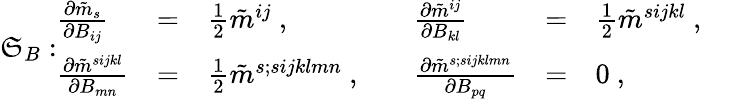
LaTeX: \mathfrak{S}_{B}:\begin{array}{llllll}{{\frac{\partial\tilde{m}_{s}}{\partial B_{ij}}}}&{{=}}&{{\frac{1}{2}\tilde{m}^{ij}\ ,\quad}}&{{\frac{\partial\tilde{m}^{ij}}{\partial B_{kl}}}}&{{=}}&{{\frac{1}{2}\tilde{m}^{sijkl}\ ,\quad}}\\ {{\frac{\partial\tilde{m}^{sijkl}}{\partial B_{mn}}}}&{{=}}&{{\frac{1}{2}\tilde{m}^{s;sijklmn}\ ,\quad}}&{{\frac{\partial\tilde{m}^{s;sijklmn}}{\partial B_{pq}}}}&{{=}}&{{0\ ,\quad}}\end{array}